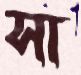
সা